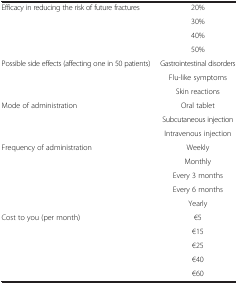
<table><thead><tr><td><b> </b></td><td><b> </b></td></tr></thead><tbody><tr><td>Efficacy in reducing the risk of future fractures</td><td>20%</td></tr><tr><td> </td><td>30%</td></tr><tr><td> </td><td>40%</td></tr><tr><td> </td><td>50%</td></tr><tr><td>Possible side effects (affecting one in 50 patients)</td><td>Gastrointestinal disorders</td></tr><tr><td> </td><td>Flu-like symptoms</td></tr><tr><td> </td><td>Skin reactions</td></tr><tr><td>Mode of administration</td><td>Oral tablet</td></tr><tr><td> </td><td>Subcutaneous injection</td></tr><tr><td> </td><td>Intravenous injection</td></tr><tr><td>Frequency of administration</td><td>Weekly</td></tr><tr><td> </td><td>Monthly</td></tr><tr><td> </td><td>Every 3 months</td></tr><tr><td> </td><td>Every 6 months</td></tr><tr><td> </td><td>Yearly</td></tr><tr><td>Cost to you (per month)</td><td>€5</td></tr><tr><td> </td><td>€15</td></tr><tr><td> </td><td>€25</td></tr><tr><td> </td><td>€40</td></tr><tr><td> </td><td>€60</td></tr></tbody></table>